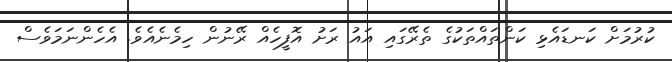
ކުރުމަށް ކަނޑައެޅި ކަންތައްތަކުގެ ތެރޭގައި އައު ރަށު އޮފީހެއް ރޭނުން ހިމެނެއެވެ. އެހެންނަމަވެސް